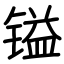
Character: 镒